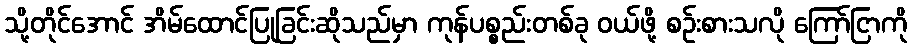
သို့တိုင်အောင် အိမ်ထောင်ပြုခြင်းဆိုသည်မှာ ကုန်ပစ္စည်းတစ်ခု ဝယ်ဖို့ စဉ်းစားသလို ကြော်ငြာကို